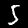
Label: 5